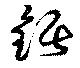
鋸